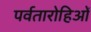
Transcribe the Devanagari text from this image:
पर्वतारोहिओं